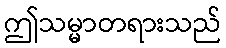
ဤသမ္မာတရားသည်